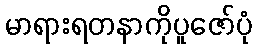
မာရားရတနာကိုပူဇော်ပုံ